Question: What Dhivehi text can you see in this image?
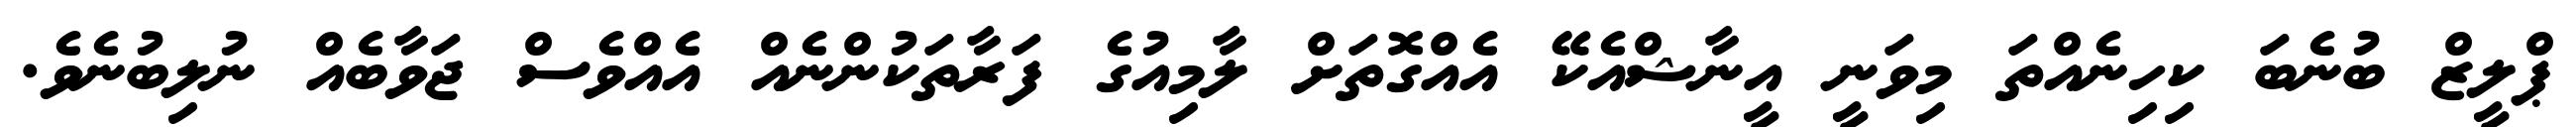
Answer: ޕްލީޒް ބުނެބަ ކިހިނެއްތަ މިވަނީ އީނާޝްއެކޭ އެއްގޮތަށް ލާމިއުގެ ފަރާތަކުންނެއް އެއްވެސް ޖަވާބެއް ނުލިބުނެވެ.